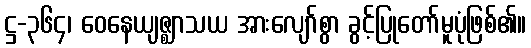
ဋ္ဌ-၃၆၄၊ ဝေနေယျဇ္ဈာသယ အားလျော်စွာ ခွင့်ပြုတော်မူပုံဖြစ်၏။